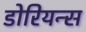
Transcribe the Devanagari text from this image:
डोरियन्स